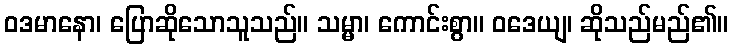
ဝဒမာနော၊ ပြောဆိုသောသူသည်။ သမ္မာ၊ ကောင်းစွာ။ ဝဒေယျ၊ ဆိုသည်မည်၏။